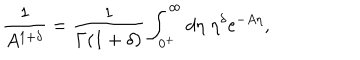
\frac { 1 } { A ^ { 1 + \delta } } = \frac { 1 } { \Gamma ( 1 + \delta ) } \int _ { 0 ^ { + } } ^ { \infty } d \eta \; \eta ^ { \delta } \mathrm { e } ^ { - A \eta } ,